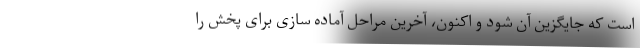
است که جایگزین آن شود و اکنون، آخرین مراحل آماده سازی برای پخش را